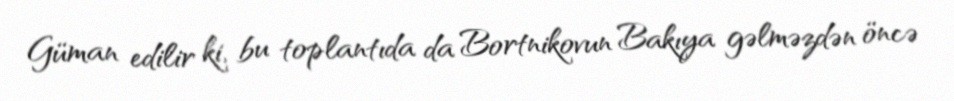
Güman edilir ki, bu toplantıda da Bortnikovun Bakıya gəlməzdən öncə